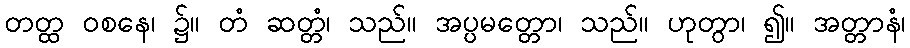
တတ္ထ ဝစနေ၊ ၌။ တံ ဆတ္တံ၊ သည်။ အပ္ပမတ္တော၊ သည်။ ဟုတွာ၊ ၍။ အတ္တာနံ၊